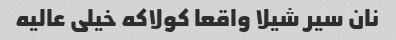
نان سیر شیلا واقعا کولاکه خیلی عالیه